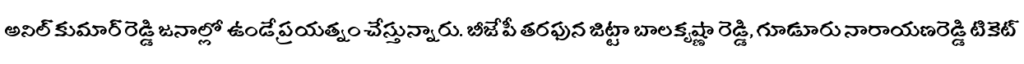
అనిల్ కుమార్ రెడ్డి జనాల్లో ఉండే ప్రయత్నం చేస్తున్నారు. బీజేపీ తరఫున జిట్టా బాలకృష్ణా రెడ్డి, గూడూరు నారాయణరెడ్డి టికెట్